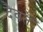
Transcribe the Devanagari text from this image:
दैवतें